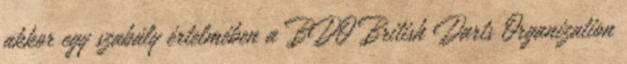
akkor egy szabály értelmében a BDO British Darts Organization